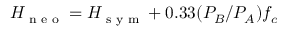
H _ { \textrm { n e o } } = H _ { \textrm { s y m } } + 0 . 3 3 ( P _ { B } / P _ { A } ) f _ { c }